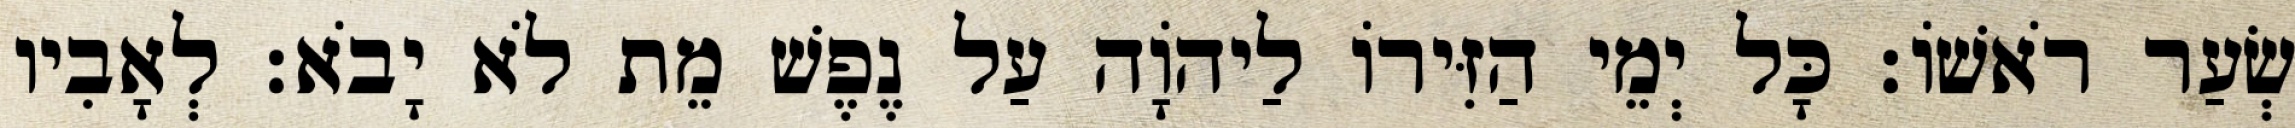
שְׂעַר רֹאשׁוֹ׃ כָּל יְמֵי הַזִּירוֹ לַיהוָֹה עַל נֶפֶשׁ מֵת לֹא יָבֹא׃ לְאָבִיו